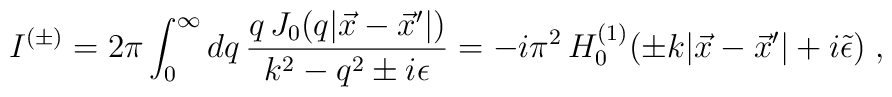
I^{(\pm)}=2\pi\int_0^\infty dq \,        \frac{q\, J_0(q|\vec x-\vec x'|)}{k^2-q^2\pm i\epsilon}=        -i\pi^2\, H_0^{(1)}(\pm k|\vec x-\vec x'|+i\tilde\epsilon)\;,